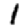
Digit: 1